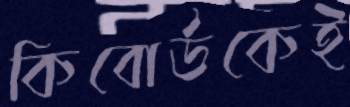
কিবোর্ডকেই